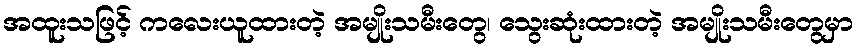
အထူးသဖြင့် ကလေးယူထားတဲ့ အမျိုးသမီးတွေ၊ သွေးဆုံးထားတဲ့ အမျိုးသမီးတွေမှာ